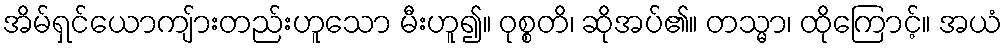
အိမ်ရှင်ယောကျ်ားတည်းဟူသော မီးဟူ၍။ ဝုစ္စတိ၊ ဆိုအပ်၏။ တသ္မာ၊ ထိုကြောင့်။ အယံ